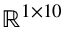
\mathbb { R } ^ { 1 \times 1 0 }